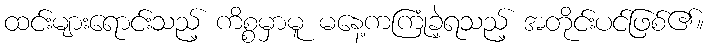
ထင်းများရောင်းသည့် ကိစ္စမှာမူ မနေ့ကကြုံခဲ့ရသည့် အတိုင်းပင်ဖြစ်၏။